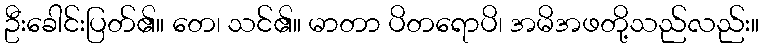
ဦးခေါင်းပြတ်၏။ တေ၊ သင်၏။ မာတာ ပိတရောပိ၊ အမိအဖတို့သည်လည်း။